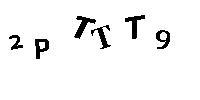
2PTTT9